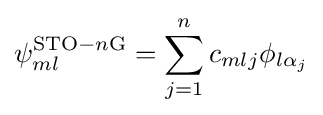
\psi _{ml}^{{\text{STO}}-n{\text{G}}}=\sum _{j=1}^{n}c_{mlj}\phi _{l\alpha _{j}}